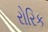
રોરિક